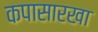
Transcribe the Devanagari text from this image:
कपासारखा